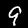
Digit: 9